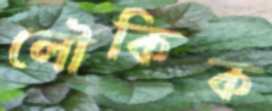
লৌকিক